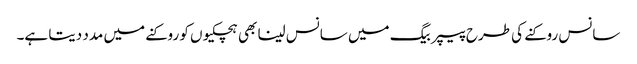
سانس روکنے کی طرح پیپر بیگ میں سانس لینا بھی ہچکیوں کو روکنے میں مدد دیتا ہے۔